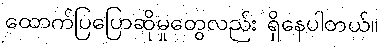
ထောက်ပြပြောဆိုမှုတွေလည်း ရှိနေပါတယ်။